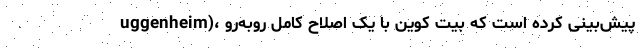
uggenheim)، پیش‌بینی کرده است که بیت کوین با یک اصلاح کامل روبه‌رو